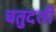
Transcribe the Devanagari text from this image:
चतुदर्शी